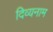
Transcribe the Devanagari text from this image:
दिव्यनाम